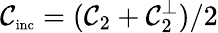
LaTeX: \mathcal{C}_{\textnormal{\scriptsize inc}}=(\mathcal{C}_{2}+\mathcal{C}_{2}^{\perp})/2